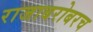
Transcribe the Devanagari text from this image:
राजाबरोबरच